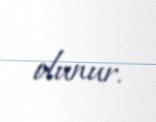
olunur.